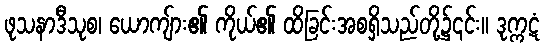
ဖုသနာဒီသုစ၊ ယောကျ်ား၏ ကိုယ်၏ ထိခြင်းအစရှိသည်တို့၌၎င်း။ ဒုက္ကဋံ